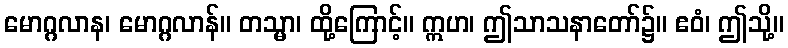
မောဂ္ဂလာန၊ မောဂ္ဂလာန်။ တသ္မာ၊ ထို့ကြောင့်။ ဣဟ၊ ဤသာသနာတော်၌။ ဧဝံ၊ ဤသို့။